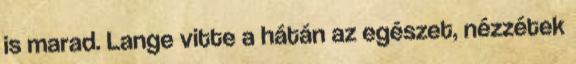
is marad. Lange vitte a hátán az egészet, nézzétek